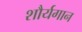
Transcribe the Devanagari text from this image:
शौर्यगान